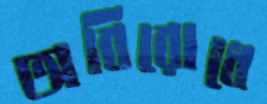
অবিরোধে